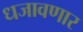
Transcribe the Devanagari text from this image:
धजावणार